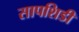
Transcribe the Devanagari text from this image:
सापशिडी